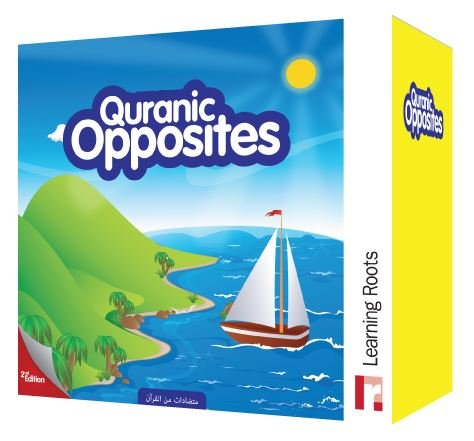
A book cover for Quranic Opposites; Zaheer Khatri; Children's Books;